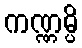
ကဏ္ဏမ္ပိ